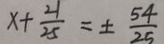
x + \frac { 2 1 } { 2 5 } = \pm \frac { 5 4 } { 2 5 }